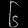
Digit: ၆